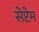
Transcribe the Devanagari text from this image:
सेप्टेम